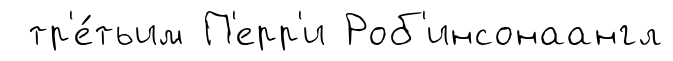
тр'е́тьим П'ерр'и Роб'инсонаангл